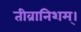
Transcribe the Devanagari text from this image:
तीव्रानिशम्।